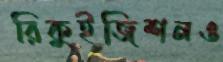
রিকুইজিশনও